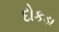
દોકડા